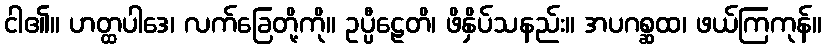
ငါ၏။ ဟတ္ထပါဒေ၊ လက်ခြေတို့ကို။ ဥပ္ပီဠေတိ၊ ဖိနှိပ်သနည်း။ အပဂစ္ဆထ၊ ဖယ်ကြကုန်။